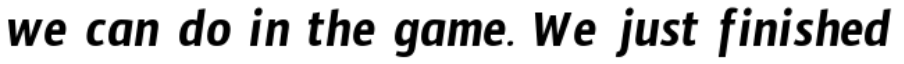
we can do in the game. We just finished